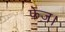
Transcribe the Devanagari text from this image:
फेज़।